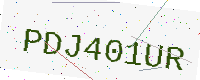
Text: PDJ401UR